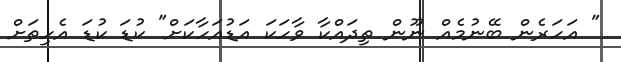
" އަހަރެން ބޭނުމެއް ނޫން ތިދައްކާ ވާހަކަ އަޑުއަހާކަށް" ކުޑަ ކުޑަ އެހިތަށް